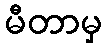
မီတာမှ